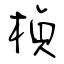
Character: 楨